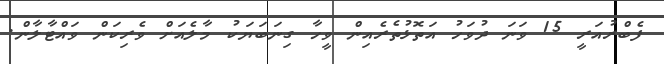
ފެބްރުއަރީ 15 ވަނަ ދުވަހު އަތޮޅުތެރެއިން ވީހާ ގިނަބަޔަކު މާލެއަށް ވެރިކަން ވައްޓާލާން.